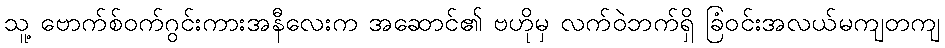
သူ့ ဗောက်စ်ဝက်ဂွင်းကားအနီလေးက အဆောင်၏ ဗဟိုမှ လက်ဝဲဘက်ရှိ ခြံဝင်းအလယ်မကျတကျ